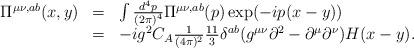
LaTeX: \begin{align*}\begin{array}{rll}\Pi ^{\mu\nu,ab}(x,y)&=&\int \frac{d^4p}{(2\pi )^4}\Pi ^{\mu\nu,ab}(p)\exp (-ip(x-y))\\ &=&-ig^2C_A\frac 1{(4\pi )^2}\frac {11}{3} \delta ^{ab}(g^{\mu\nu}\partial ^2-\partial ^{\mu}\partial ^{\nu}) H(x-y).\end{array}\end{align*}